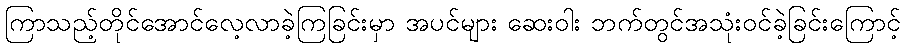
ကြာသည့်တိုင်အောင်လေ့လာခဲ့ကြခြင်းမှာ အပင်များ ဆေးဝါး ဘက်တွင်အသုံးဝင်ခဲ့ခြင်းကြောင့်